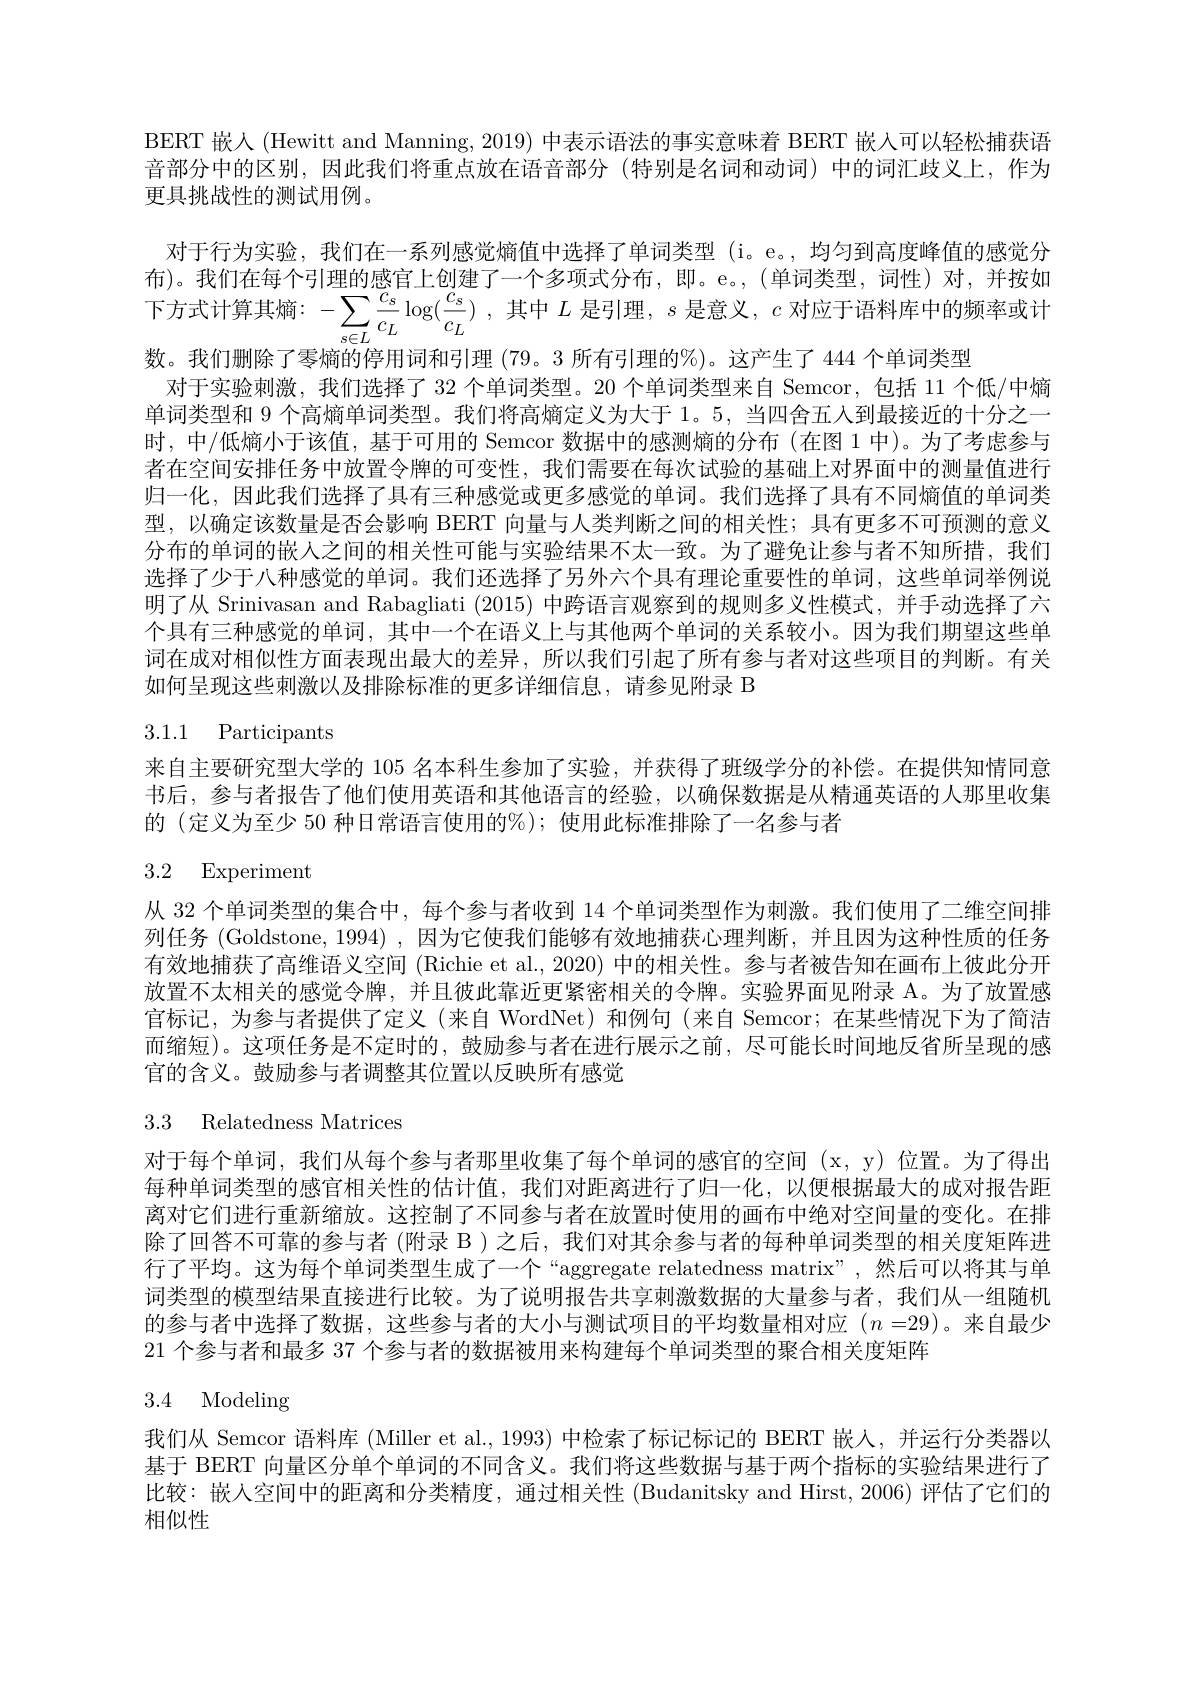
BERT 嵌人(Hewitt and Manning, 2019) 中表示语法的事实意味着 BERT 嵌入可以轻松捕获语音部分中的区别，因此我们将重点放在语音部分(特别是名词和动词)中的词汇歧义上，作为更具挑战性的测试用例。
对于行为实验，我们在一系列感觉熵值中选择了单词类型 (i。e。,均匀到高度峰值的感觉分布)。我们在每个引理的感官上创建了一个多项式分布，即。e。,(单词类型，词性)对，并按如下方式计算其熵：$- \sum _{s\in L}\frac {c_{s}}{c_{L}}\log ( \frac {c_{s}}{c_{L}})$ ,其中$L$是引理，$s$是意义，$c$对应于语料库中的频率或计数。我们删除了零熵的停用词和引理 (79。3 所有引理的%)。这产生了 444 个单词类型
对于实验刺激，我们选择了 32 个单词类型。20 个单词类型来自 Semcor,包括 11 个低/中熵单词类型和 9 个高熵单词类型。我们将高熵定义为大于 1。5, 当四舍五人到最接近的十分之一时，中/低熵小于该值，基于可用的 Semcor 数据中的感测熵的分布 (在图 1 中)。为了考虑参与者在空间安排任务中放置令牌的可变性，我们需要在每次试验的基础上对界面中的测量值进行归一化，因此我们选择了具有三种感觉或更多感觉的单词。我们选择了具有不同熵值的单词类型，以确定该数量是否会影响 BERT 向量与人类判断之间的相关性；具有更多不可预测的意义分布的单词的嵌人之间的相关性可能与实验结果不太一致。为了避免让参与者不知所措，我们选择了少于八种感觉的单词。我们还选择了另外六个具有理论重要性的单词，这些单词举例说明了从 Srinivasan and Rabagliati (2015) 中跨语言观察到的规则多义性模式，并手动选择了六个具有三种感觉的单词，其中一个在语义上与其他两个单词的关系较小。因为我们期望这些单词在成对相似性方面表现出最大的差异，所以我们引起了所有参与者对这些项目的判断。有关如何呈现这些刺激以及排除标准的更多详细信息，请参见附录 B

# 3.1.1 Participants

来自主要研究型大学的 105 名本科生参加了实验，并获得了班级学分的补偿。在提供知情同意书后，参与者报告了他们使用英语和其他语言的经验，以确保数据是从精通英语的人那里收集的 (定义为至少 50 种日常语言使用的%); 使用此标准排除了一名参与者

# 3.2 Experiment

从 32 个单词类型的集合中，每个参与者收到 14 个单词类型作为刺激。我们使用了二维空间排列任务 (Goldstone, 1994) ,因为它使我们能够有效地捕获心理判断，并且因为这种性质的任务有效地捕获了高维语义空间 (Richie et al., 2020) 中的相关性。参与者被告知在画布上彼此分开放置不太相关的感觉令牌，并且彼此靠近更紧密相关的令牌。实验界面见附录 A。为了放置感官标记，为参与者提供了定义(来自 WordNet)和例句(来自 Semcor; 在某些情况下为了简洁而缩短)。这项任务是不定时的，鼓励参与者在进行展示之前，尽可能长时间地反省所呈现的感官的含义。鼓励参与者调整其位置以反映所有感觉

3.3 Relatedness Matrices

对于每个单词，我们从每个参与者那里收集了每个单词的感官的空间(x,y)位置。为了得出每种单词类型的感官相关性的估计值，我们对距离进行了归一化，以便根据最大的成对报告距离对它们进行重新缩放。这控制了不同参与者在放置时使用的画布中绝对空间量的变化。在排除了回答不可靠的参与者 (附录 B )之后，我们对其余参与者的每种单词类型的相关度矩阵进行了平均。这为每个单词类型生成了一个“aggregate relatedness matrix”,然后可以将其与单词类型的模型结果直接进行比较。为了说明报告共享刺激数据的大量参与者，我们从一组随机的参与者中选择了数据，这些参与者的大小与测试项目的平均数量相对应(n=29)。来自最少21 个参与者和最多 37 个参与者的数据被用来构建每个单词类型的聚合相关度矩阵

# 3.4 Modeling

我们从 Semcor 语料库 (Miller et al., 1993) 中检索了标记标记的 BERT 嵌人，并运行分类器以基于 BERT 向量区分单个单词的不同含义。我们将这些数据与基于两个指标的实验结果进行了比较：嵌人空间中的距离和分类精度，通过相关性(Budanitsky and Hirst,2006)评估了它们的相似性